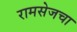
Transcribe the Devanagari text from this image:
रामसेजचा